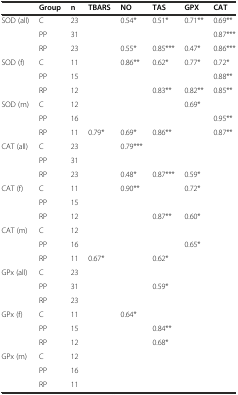
|  | Group | n | TBARS | NO | TAS | GPX | CAT |
 | --- | --- | --- | --- | --- | --- | --- | --- |
 | <ROWSPAN=3> SOD (all) | C | 23 |  | 0.54* | 0.51* | 0.71** | 0.69** |
 | PP | 31 |  |  |  |  | 0.87*** |
 | RP | 23 |  | 0.55* | 0.85*** | 0.47* | 0.86*** |
 | <ROWSPAN=3> SOD (f) | C | 11 |  | 0.86** | 0.62* | 0.77* | 0.72* |
 | PP | 15 |  |  |  |  | 0.88** |
 | RP | 12 |  |  | 0.83** | 0.82** | 0.85** |
 | <ROWSPAN=3> SOD (m) | C | 12 |  |  |  | 0.69* |  |
 | PP | 16 |  |  |  |  | 0.95** |
 | RP | 11 | 0.79* | 0.69* | 0.86** |  | 0.87** |
 | <ROWSPAN=3> CAT (all) | C | 23 |  | 0.79*** |  |  |  |
 | PP | 31 |  |  |  |  |  |
 | RP | 23 |  | 0.48* | 0.87*** | 0.59* |  |
 | <ROWSPAN=3> CAT (f) | C | 11 |  | 0.90** |  | 0.72* |  |
 | PP | 15 |  |  |  |  |  |
 | RP | 12 |  |  | 0.87** | 0.60* |  |
 | <ROWSPAN=3> CAT (m) | C | 12 |  |  |  |  |  |
 | PP | 16 |  |  |  | 0.65* |  |
 | RP | 11 | 0.67* |  | 0.62* |  |  |
 | <ROWSPAN=3> GPx (all) | C | 23 |  |  |  |  |  |
 | PP | 31 |  |  | 0.59* |  |  |
 | RP | 23 |  |  |  |  |  |
 | <ROWSPAN=3> GPx (f) | C | 11 |  | 0.64* |  |  |  |
 | PP | 15 |  |  | 0.84** |  |  |
 | RP | 12 |  |  | 0.68* |  |  |
 | <ROWSPAN=3> GPx (m) | C | 12 |  |  |  |  |  |
 | PP | 16 |  |  |  |  |  |
 | RP | 11 |  |  |  |  |  |